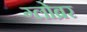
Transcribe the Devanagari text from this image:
ग्लोब्रर